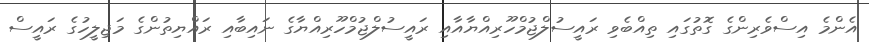
އެންމެ އިސްވެރިންގެ ގޮތުގައި ތިއްބެވި ރައީސުލްޖުމްހޫރިއްޔާއާއި ރައީސުލްޖުމްހޫރިއްޔާގެ ނައިބާއި ރައްޔިތުންގެ މަޖިލީހުގެ ރައީސް